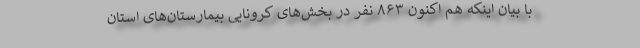
با بیان اینکه هم اکنون ۸۶۳ نفر در بخش‌های کرونایی بیمارستان‌های استان